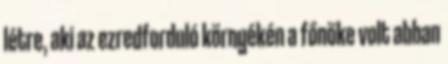
létre, aki az ezredforduló környékén a főnöke volt abban